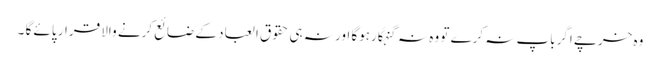
وہ خرچے اگرباپ نہ کرے تو وہ نہ گنہگارہوگا اور نہ ہی حقوق العباد کے ضائع کرنے والا قرار پائے گا ۔